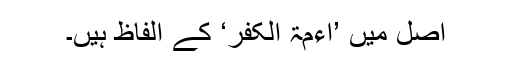
اصل میں ’اَءِمَّۃَ الْکُفْرِ‘ کے الفاظ ہیں۔